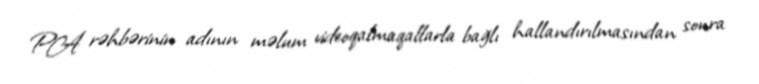
PA rəhbərinin adının məlum videoqalmaqallarla bağlı hallandırılmasından sonra